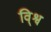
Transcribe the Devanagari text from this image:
वि्श्व